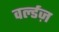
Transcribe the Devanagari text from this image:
वर्ल्डज़